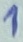
Text: 1